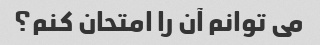
می توانم آن را امتحان کنم؟